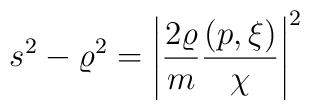
s^2-\varrho^2=\left|\frac{2\varrho}{m}\frac{(p,\xi)}{\chi}\right|^2